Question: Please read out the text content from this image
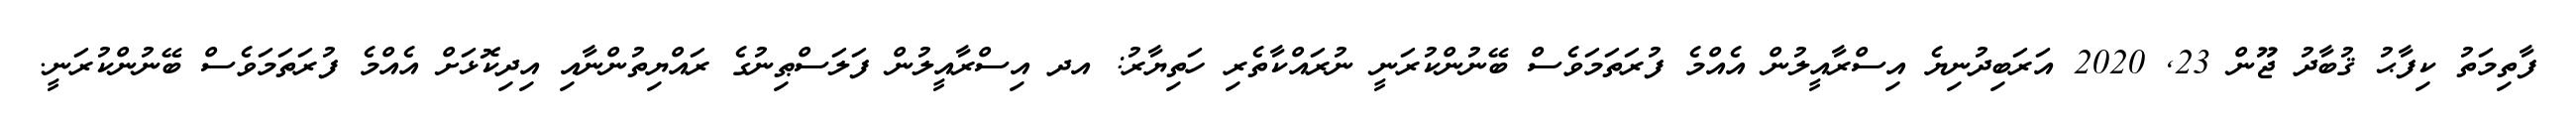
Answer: ފާތިމަތު ކިފާޙު ޤުބާދު ޖޫން 23, 2020 އަރަބިދުނިޔެ އިސްރާއީލުން އެއްމެ ފުރަތަމަވެސް ބޭނުންކުރަނީ ނުރައްކާތެރި ހަތިޔާރު: އދ އިސްރާއީލުން ފަލަސްޠިނުގެ ރައްޔިތުންނާއި އިދިކޮޅަށް އެއްމެ ފުރަތަމަވެސް ބޭނުންކުރަނީ.